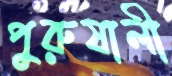
পুরুষালী